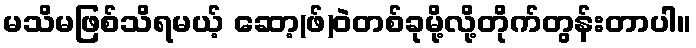
မသိမဖြစ်သိရမယ့် ဆော့(ဖ်)၀ဲတစ်ခုမို့လို့တိုက်တွန်းတာပါ။